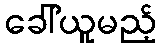
ခေါ်ယူမည့်